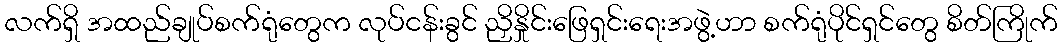
လက်ရှိ အထည်ချုပ်စက်ရုံတွေက လုပ်ငန်းခွင် ညှိနှိုင်းဖြေရှင်းရေးအဖွဲ့ဟာ စက်ရုံပိုင်ရှင်တွေ စိတ်ကြိုက်